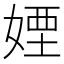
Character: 𡞻